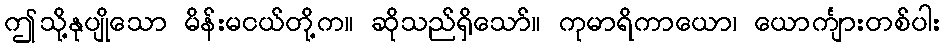
ဤသို့နုပျိုသော မိန်းမငယ်တို့က။ ဆိုသည်ရှိသော်။ ကုမာရိကာယော၊ ယောင်္ကျားတစ်ပါး